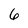
Character: 6